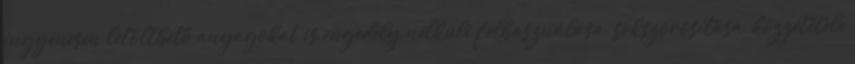
ingyenesen letölthető anyagokat is engedély nélküli felhasználása, sokszorosítása, közzététele